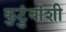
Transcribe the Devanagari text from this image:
कुटुंबांशी